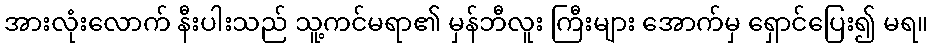
အားလုံးလောက် နီးပါးသည် သူ့ကင်မရာ၏ မှန်ဘီလူး ကြီးများ အောက်မှ ရှောင်ပြေး၍ မရ။